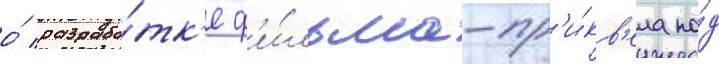
о́ разрабо́тк'е ф'и́льма-пр'и́кв'ела по́д